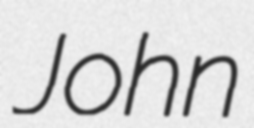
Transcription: John